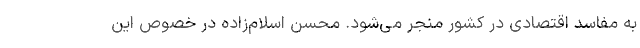
به مفاسد اقتصادی در کشور منجر می‌شود. محسن اسلام‌زاده در خصوص این